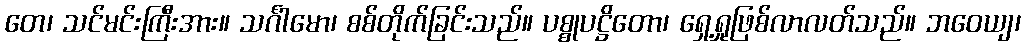
တေ၊ သင်မင်းကြီးအား။ သင်္ဂါမော၊ စစ်တိုက်ခြင်းသည်။ ပစ္စုပဋ္ဌိတော၊ ရှေ့ရှုဖြစ်လာလတ်သည်။ ဘဝေယျ၊